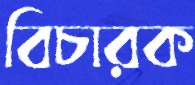
বিচারক